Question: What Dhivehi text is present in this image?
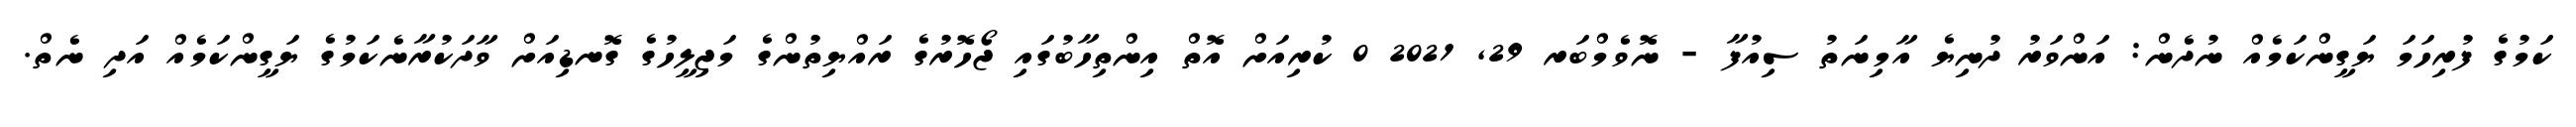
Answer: ކަމުގެ ފުރިހަމަ ޔަގީންކަމެއް ނުދެން: އަންވަރު ދުނިޔެ އާމިނަތު ސިއުފާ - ނޮވެމްބަރ 29, 2021 0 ކުރިއަށް އޮތް އިންތިހާބުގައި ޖޯހޮރުގެ ރައްޔިތުންގެ މަޖިލީހުގެ ގޮނޑިއަށް ވާދަކުރާނެކަމުގެ ޔަގީންކަމެއް އަދި ނެތް.